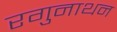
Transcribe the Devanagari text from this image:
रगुनाथन